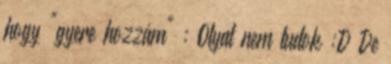
hogy "gyere hozzám" : Olyat nem tudok :D De